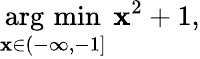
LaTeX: {\underset{\mathbf{x}\in(-\infty,-1]}{\operatorname{arg\, min}}}\; \mathbf{x}^{2}+1,